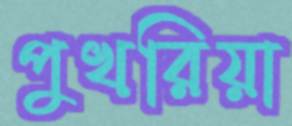
পুখরিয়া